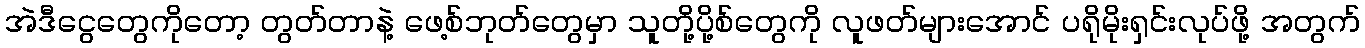
အဲဒီငွေတွေကိုတော့ တွတ်တာနဲ့ ဖေ့စ်ဘုတ်တွေမှာ သူတို့ပို့စ်တွေကို လူဖတ်များအောင် ပရိုမိုးရှင်းလုပ်ဖို့ အတွက်